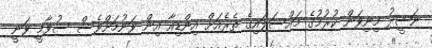
ނަޝީދު މިނިވަން ކުރުމުގެ މައްސަލައިގެ ތެރެއަށް އިންޑިއާ އިން ވަނުމަށްވެސް ސުވާމީ ވަނީ